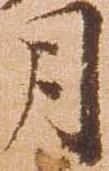
月